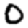
Digit: 0